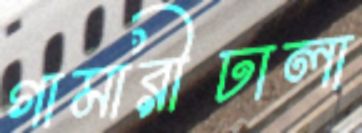
গামারীঢালা